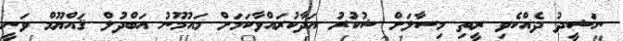
ނަޝީދު ދެއްކެވި ރީތި މިސާލަށް ޝުކުރު އަދާކުރައްވާކަމަށް މައުމޫނު އަބްދުލް ޤައްޔޫމް ވަނީ